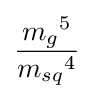
{{m_{g}}^{5} \over {m_{sq}}^{4}}